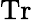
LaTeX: \operatorname{Tr}